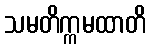
သမတိက္ကမထာတိ